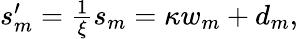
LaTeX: \begin{array}{r}{s_{m}^{\prime}=\frac{1}{\xi}s_{m}=\kappa w_{m}+d_{m},}\end{array}